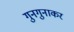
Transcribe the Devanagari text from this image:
गुनगुनाकर